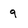
Character: 9